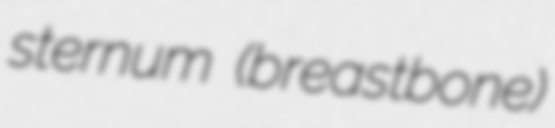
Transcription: sternum (breastbone)